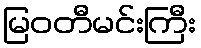
မြဝတီမင်းကြီး